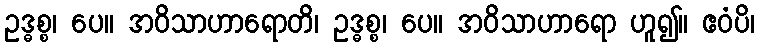
ဥဒ္ဓစ္စ၊ ပေ။ အဝိသာဟာရောတိ၊ ဥဒ္ဓစ္စ၊ ပေ။ အဝိသာဟာရော ဟူ၍။ ဧဝံပိ၊